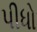
પીધો